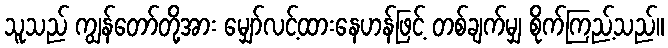
သူသည် ကျွန်တော်တို့အား မျှော်လင့်ထားနေဟန်ဖြင့် တစ်ချက်မျှ စိုက်ကြည့်သည်။